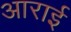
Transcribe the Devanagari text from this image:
आराई